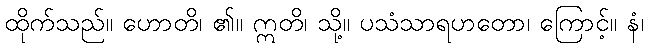
ထိုက်သည်။ ဟောတိ၊ ၏။ ဣတိ၊ သို့။ ပသံသာရဟတော၊ ကြောင့်။ နံ၊